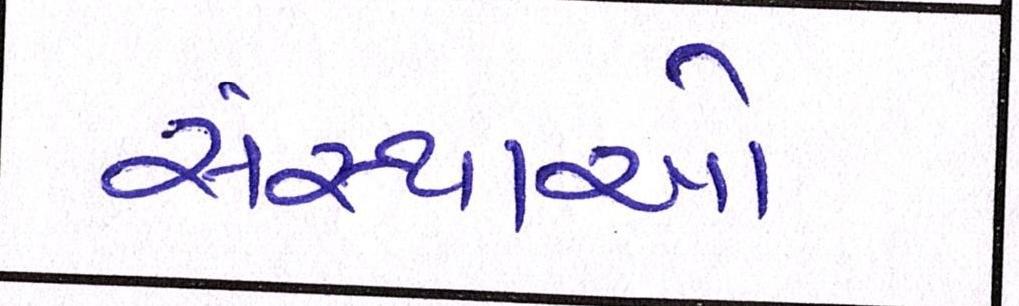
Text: સંસ્થાઓ